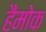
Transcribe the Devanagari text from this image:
हैमोक